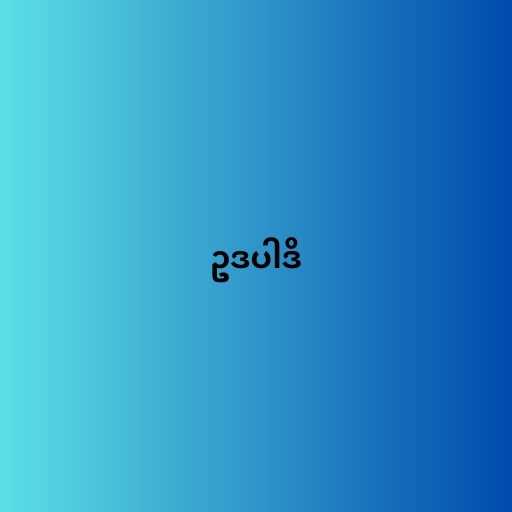
ဥဒပါဒိ